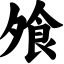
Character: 飧